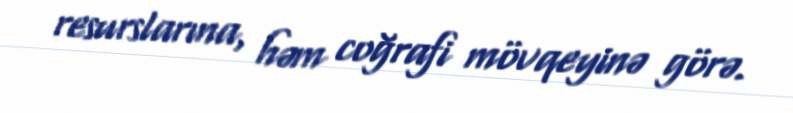
resurslarına, həm coğrafi mövqeyinə görə.